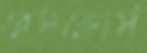
রেসকোর্স